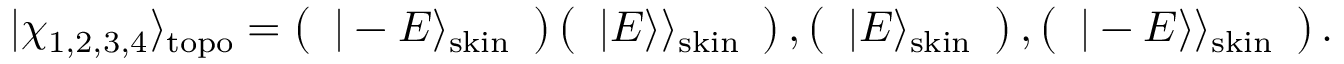
| \chi _ { 1 , 2 , 3 , 4 } \rangle _ { \mathrm { t o p o } } = \left( \begin{array} { c } { | - E \rangle _ { \mathrm { s k i n } } } \end{array} \right) \left( \begin{array} { c } { | E \rangle \rangle _ { \mathrm { s k i n } } } \end{array} \right) , \left( \begin{array} { c } { | E \rangle _ { \mathrm { s k i n } } } \end{array} \right) , \left( \begin{array} { c } { | - E \rangle \rangle _ { \mathrm { s k i n } } } \end{array} \right) .